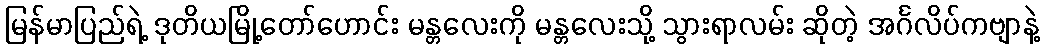
မြန်မာပြည်ရဲ့ ဒုတိယမြို့တော်ဟောင်း မန္တလေးကို မန္တလေးသို့ သွားရာလမ်း ဆိုတဲ့ အင်္ဂလိပ်ကဗျာနဲ့